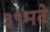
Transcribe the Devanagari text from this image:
३९मते